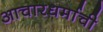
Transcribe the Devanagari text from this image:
आचारधर्माची